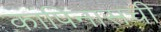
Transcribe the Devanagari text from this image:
कांपिनासची